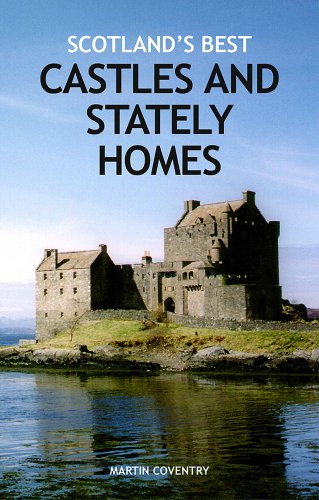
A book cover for Scotland's Best Castles and Stately Homes; Martin Coventry; Travel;